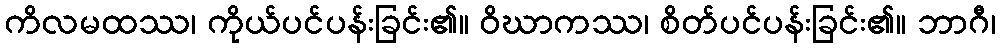
ကိလမထဿ၊ ကိုယ်ပင်ပန်းခြင်း၏။ ဝိဃာကဿ၊ စိတ်ပင်ပန်းခြင်း၏။ ဘာဂီ၊